Indian journal of veterinary science and animal husbandry - Volume 11,
Year: 1941
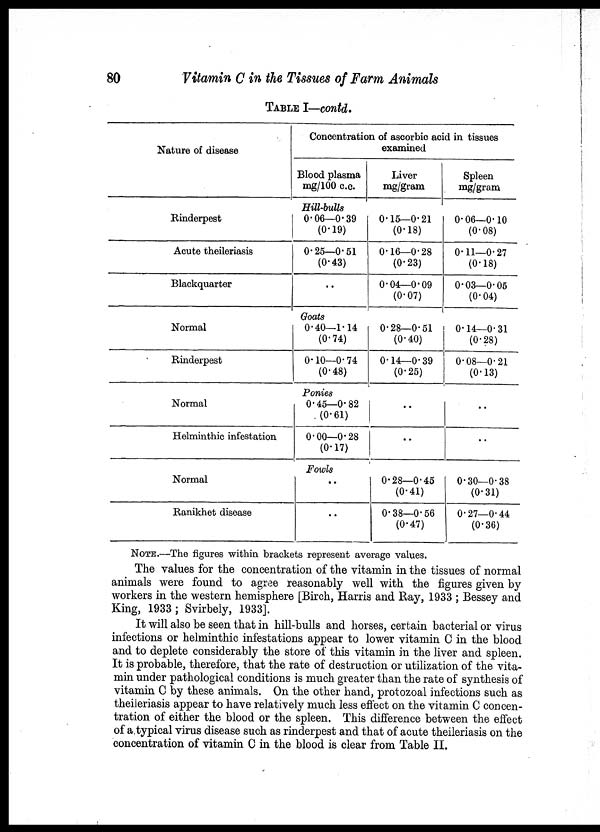
80
Vitamin C in the Tissues of Farm Animals
TABLE I—contd.
Nature of disease
Rinderpest
Acute theileriasis
Blackquarter
Normal
Rinderpest
Normal
Helminthic infestation
Normal
Ranikhet disease
Concentration of ascorbic acid in tissues
examined
Blood plasma
mg/100 c. c.
Hill-bulls
0.06—0.39
(0.19)
0.25—0.51
(0.43)
..
Goats
0.40—1.14
(0.74)
0.10—0.74
(0.48)
Ponies
0.45—0.82
(0.61)
0.00—0.28
(0.17)
Fowls
..
..
Liver
mg/gram
0.15—0.21
(0.18)
0.16—0.28
(0.23)
0.04—0.09
(0.07)
0.28—0.51
(0.40)
0.14—0.39
(0.25)
..
..
0.28—0.45
(0.41)
0.38—0.56
(0.47)
Spleen
mg/gram
0.06—0.10
(0.08)
0.11—0.27
(0.18)
0.03—0.05
(0.04)
0.14—0.31
(0.28)
0.08—0.21
(0.13)
..
..
0.30—0.38
(0.31)
0.27—0.44
(0.36)
NOTE. —The figures within brackets represent average values.
The values for the concentration of the vitamin in the tissues of normal
animals were found to agree reasonably well with the figures given by
workers in the western hemisphere [Birch, Harris and Ray, 1933 ; Bessey and
King, 1933 ; Svirbely, 1933].
It will also be seen that in hill-bulls and horses, certain bacterial or virus
infections or helminthic infestations appear to lower vitamin C in the blood
and to deplete considerably the store of this vitamin in the liver and spleen.
It is probable, therefore, that the rate of destruction or utilization of the vita-
min under pathological conditions is much greater than the rate of synthesis of
vitamin C by these animals. On the other hand, protozoal infections such as
theileriasis appear to have relatively much less effect on the vitamin C concen-
tration of either the blood or the spleen. This difference between the effect
of a typical virus disease such as rinderpest and that of acute theileriasis on the
concentration of vitamin C in the blood is clear from Table II.